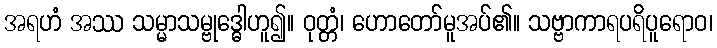
အရဟံ အဿ သမ္မာသမ္ဗုဒ္ဓေါဟူ၍။ ဝုတ္တံ၊ ဟောတော်မူအပ်၏။ သဗ္ဗာကာရပရိပူရောဝ၊